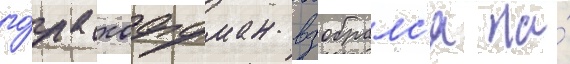
го́да хоффман взобралс'я на́